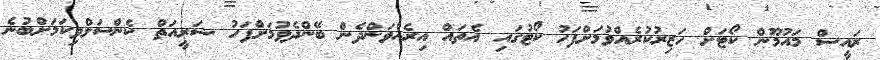
ރައީސް މައުމޫން ކޯޓަށް ހަޒިރުކުރެއްވުމަށްފަހު ކޯޓުގައި އެތައް އިރެއްވަންދެން ބޭންދެވުމަށްފަހު ޝަރީއަތް ކެންސަލްވިކަމަށްބުނެ